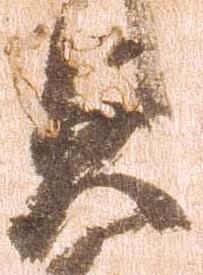
貞